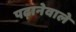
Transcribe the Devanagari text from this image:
पढ़ानेवाले